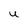
Character: U